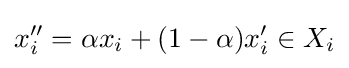
x''_{i}=\alpha x_{i}+(1-\alpha )x'_{i}\in X_{i}